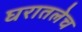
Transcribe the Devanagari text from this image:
घरातलेच